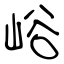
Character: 峪